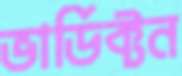
ভার্ডিক্টন